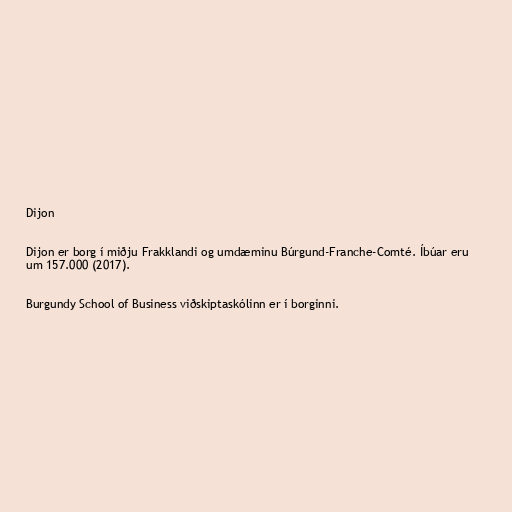
Dijon

Dijon er borg í miðju Frakklandi og umdæminu Búrgund-Franche-Comté. Íbúar eru
um 157.000 (2017).

Burgundy School of Business viðskiptaskólinn er í borginni.